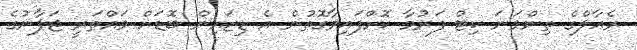
ރެއާލްގެ ތިންވަނަ ކިޓް ފަރުމާ ކޮށްފައިވާގޮތުން އެ ޑިޒައިން ބޮޑަށް ވައްތަރީ ޖަޕާނުގެ